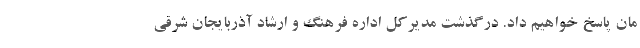
مان پاسخ خواهیم داد. درگذشت مدیرکل اداره فرهنگ و ارشاد آذربایجان شرقی